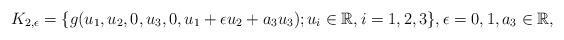
LaTeX: \begin{align*} K_{2,\epsilon}=\{g(u_1,u_2,0,u_3,0,u_1+\epsilon u_2+a_3u_3); u_i \in \mathbb R, i=1,2,3 \}, \epsilon=0,1, a_3\in \mathbb R, \end{align*}